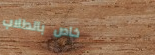
خاص بالطلاب